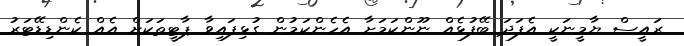
ރައީސް ޔާމީނަކީ އެފަދަ ބޭފުޅެއް ނޫންކަމަށާ އެހެންކަމުން ގުޅިފައިވާ ޕާޓީތަކަށް އެއް ކެންޑިޑޭޓަރު